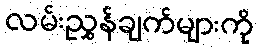
လမ်းညွှန်ချက်များကို